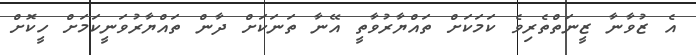
އެ ޒުވާނާ ޒީނަތްތެރިވެ ކަމަކަށް ތައްޔާރުވާތީ އޭނާ ތަނަކަށް ދާން ތައްޔާރުވަނީކަމަށް ހީކޮށް